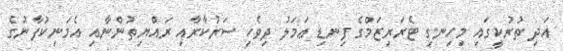
އަދި ތުރުކީގައި މިހިނގި ޓެރަރިޒަމްގެ ފިނޑި ޢަމަލު ދިވެހި ސަރުކާރާއި ރައްޔިތުންނާއި އެމަނިކުފާނުގެ